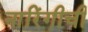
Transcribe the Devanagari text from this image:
नारिंगीची